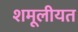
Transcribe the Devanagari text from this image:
शमूलीयत